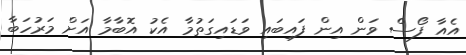
އެއާ ފޯސް ވަން އިން ފައިބައި ވަޑައިގަތުމާ އެކު އޮބާމާ އަށް މަރުހަބާ